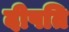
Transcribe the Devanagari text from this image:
दीपति